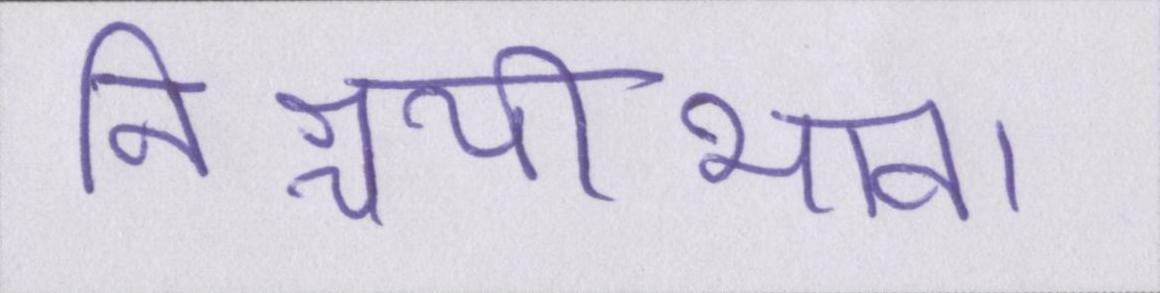
निश्चयीभाव।